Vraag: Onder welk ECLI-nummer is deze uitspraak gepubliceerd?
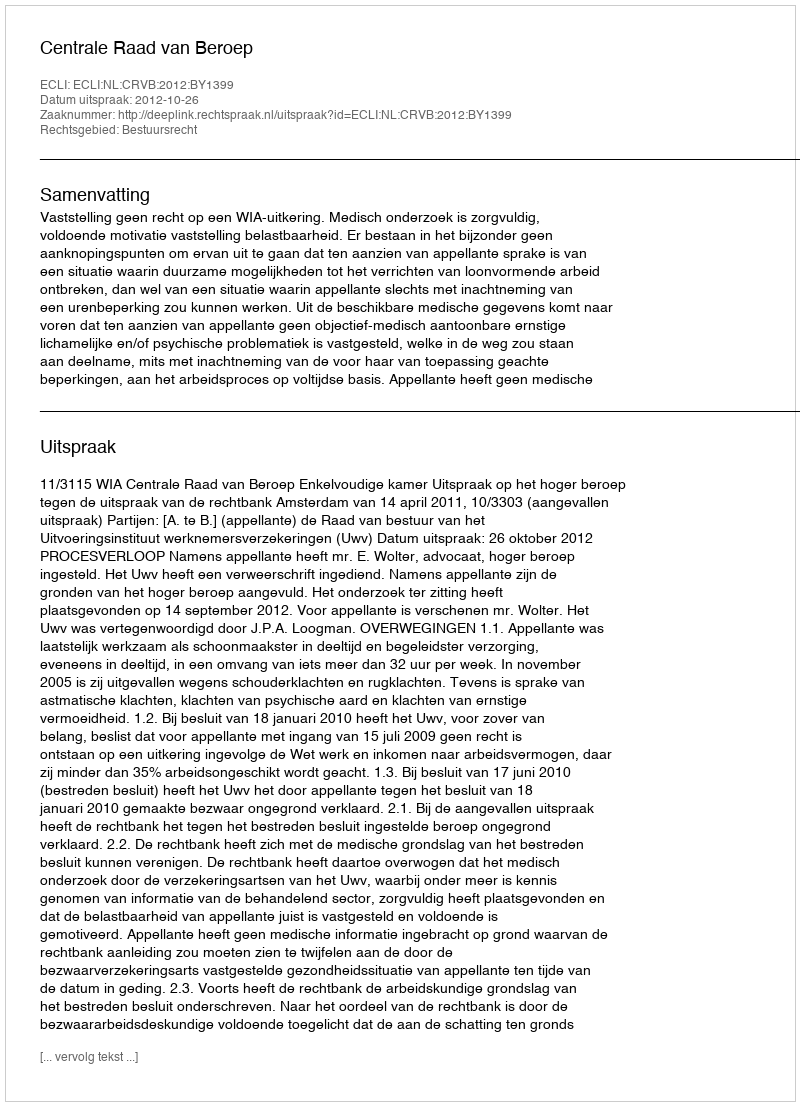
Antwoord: ECLI:NL:CRVB:2012:BY1399